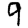
Digit: 9